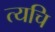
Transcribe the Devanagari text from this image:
त्यचि